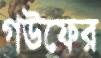
গউফের